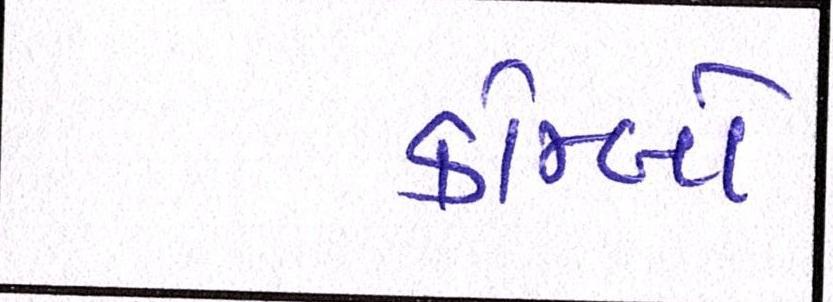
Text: કોમ્બો